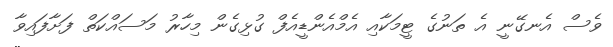
ވެސް އެނގޭނީ އެ ތަނުގެ ޓީމަކާއި އެމްއެންޑީއެފް ގުޅިގެން މިހާރު މަސައްކަތް ފަށާފައިވާ